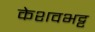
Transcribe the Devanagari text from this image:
केशवभट्ट